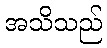
အသိသည်